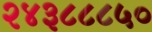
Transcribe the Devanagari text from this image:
२४३८८८५०